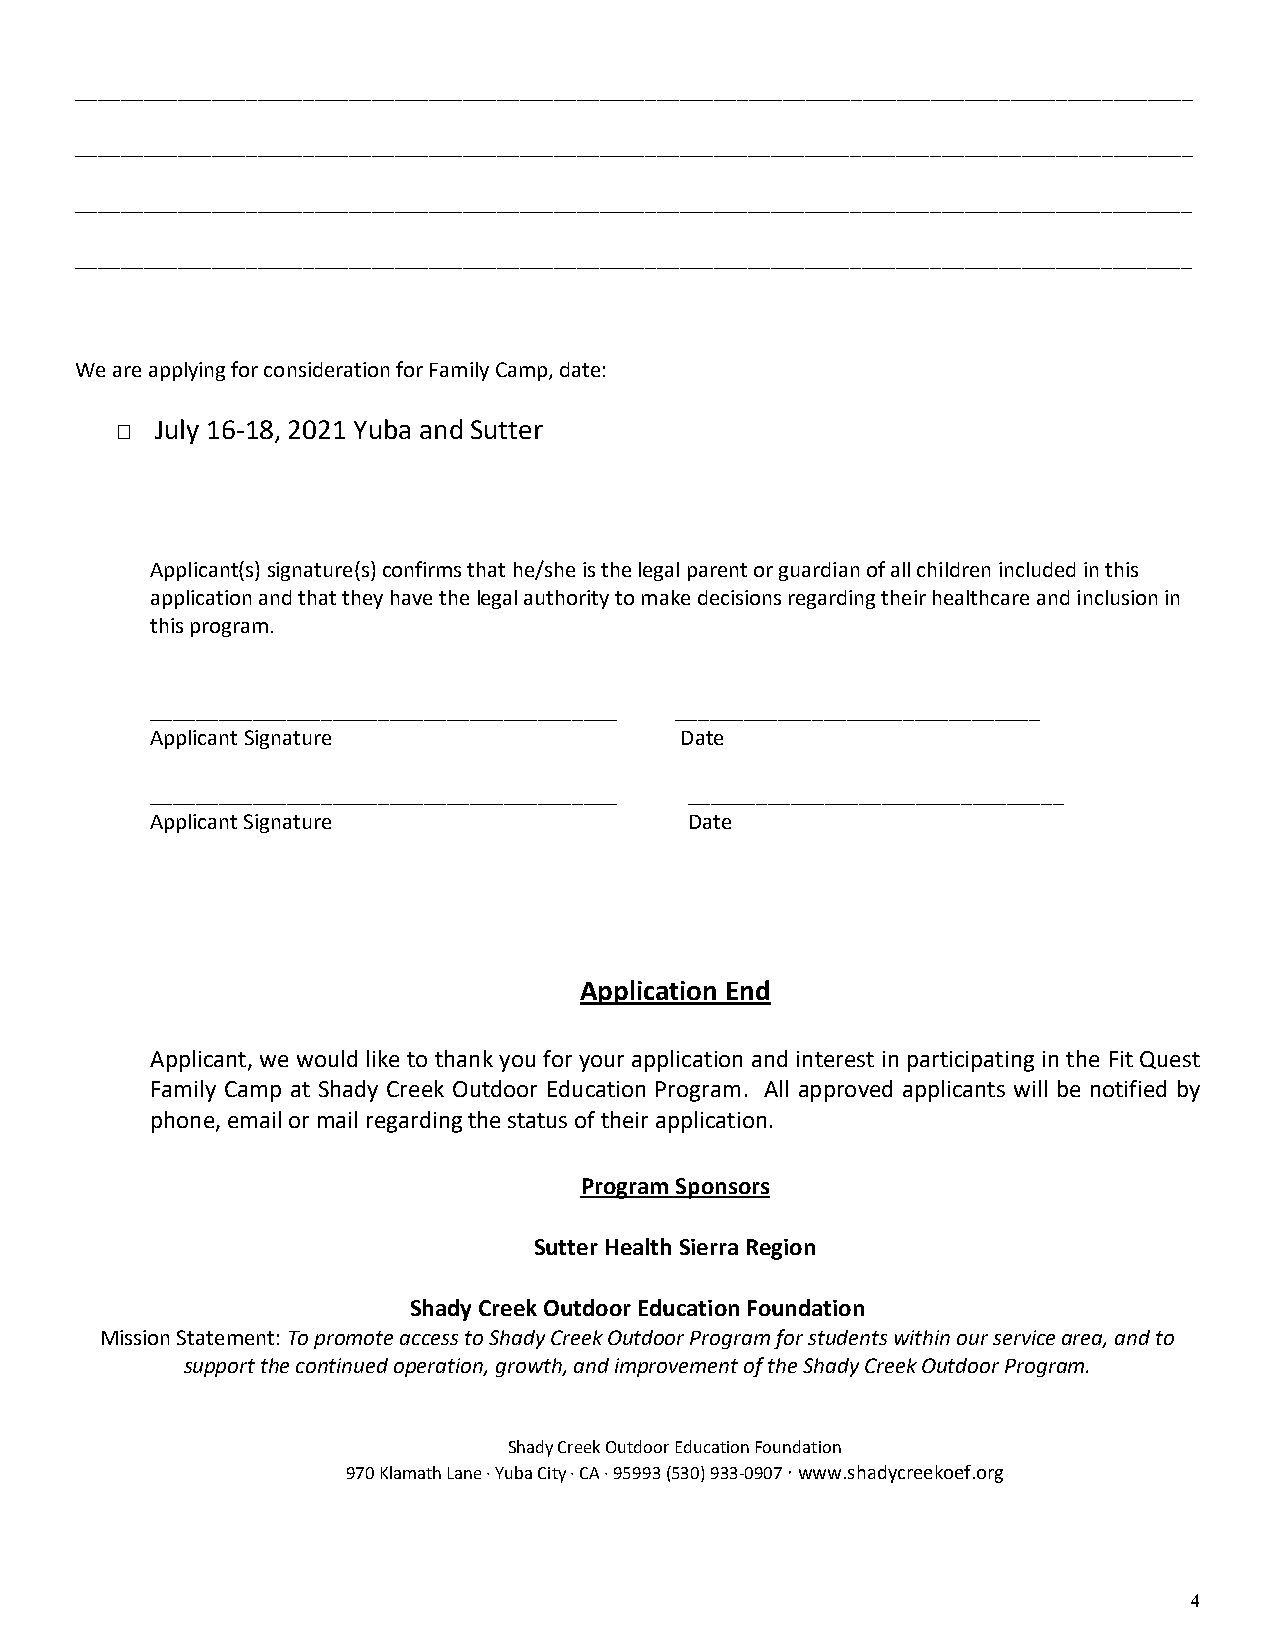
__________________________________________________________________________________________________
 __________________________________________________________________________________________________
 __________________________________________________________________________________________________
 __________________________________________________________________________________________________
 We are applying for consideration for Family Camp, date:
  July 16-18, 2021 Yuba and Sutter
 Applicant(s) signature(s) confirms that he/she is the legal parent or guardian of all children included in this
 application and that they have the legal authority to make decisions regarding their healthcare and inclusion in
 this program.
 _________________________________________ ________________________________
 Applicant Signature                Date
 _________________________________________ _________________________________
 Applicant Signature                 Date
 Application End
 Applicant, we would like to thank you for your application and interest in participating in the Fit Quest
 Family Camp at Shady Creek Outdoor Education Program. All approved applicants will be notified by
 phone, email or mail regarding the status of their application.
 Program Sponsors
 Sutter Health Sierra Region
 Shady Creek Outdoor Education Foundation
 Mission Statement: To promote access to Shady Creek Outdoor Program for students within our service area, and to
 support the continued operation, growth, and improvement of the Shady Creek Outdoor Program.
 Shady Creek Outdoor Education Foundation
 970 Klamath Lane · Yuba City · CA · 95993 (530) 933-0907 · www.shadycreekoef.org
 4